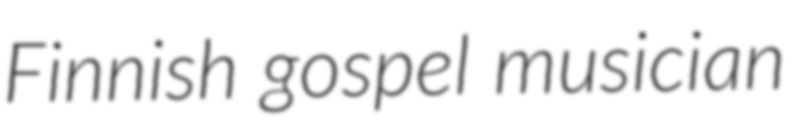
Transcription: Finnish gospel musician